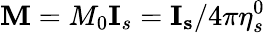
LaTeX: \mathbf{M}=M_{0}\mathbf{I}_{s}=\mathbf{I_{s}}/4\pi\eta_{s}^{0}